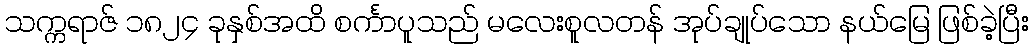
သက္ကရာဇ် ၁၈၂၄ ခုနှစ်အထိ စင်္ကာပူသည် မလေးစူလတန် အုပ်ချုပ်သော နယ်မြေ ဖြစ်ခဲ့ပြီး